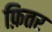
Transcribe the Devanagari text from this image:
फ़ितर